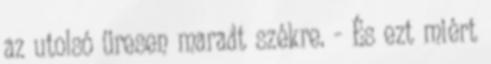
az utolsó üresen maradt székre. - És ezt miért